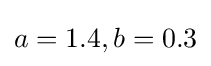
a=1.4,b=0.3